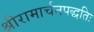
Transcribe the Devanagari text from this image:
श्रीरामार्चनपद्धतिः